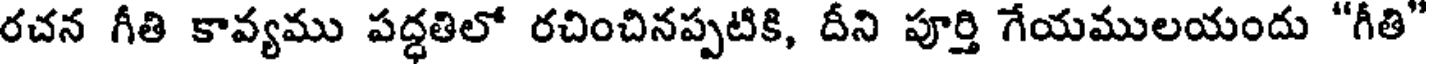
రచన గీతి కావ్యము పద్ధతిలో రచించినప్పటికి, దీని పూర్తి గేయములయందు "గీతి"